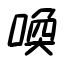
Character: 喚